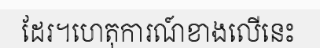
ដែរ។ហេតុការណ៍ខាងលើនេះ